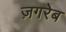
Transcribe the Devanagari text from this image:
ज़गरेब